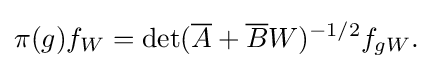
{\pi (g)f_{W}=\det({\overline {A}}+{\overline {B}}W)^{-1/2}f_{gW}.}